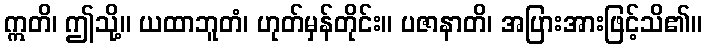
ဣတိ၊ ဤသို့။ ယထာဘူတံ၊ ဟုတ်မှန်တိုင်း။ ပဇာနာတိ၊ အပြားအားဖြင့်သိ၏။